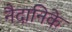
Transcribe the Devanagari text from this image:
नैदानिके